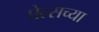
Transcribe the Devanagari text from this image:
पेल्सच्या